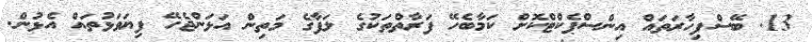
13. ބޭސްފިހާރަތައް އިންސްޕެކްޓްކޮށް ކަމާބެހޭ ފަރާތްތަކުގެ ލަފާގެ މަތިން އަޅަންޖެހޭ ފިޔަވަޅުތައް އެޅުން.